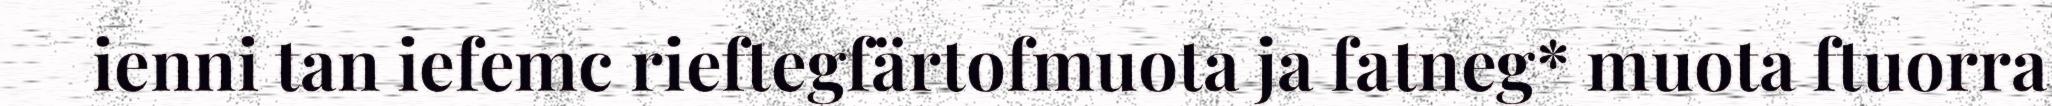
ienni tan iefemc rieftegfärtofmuota ja fatneg* muota ftuorra